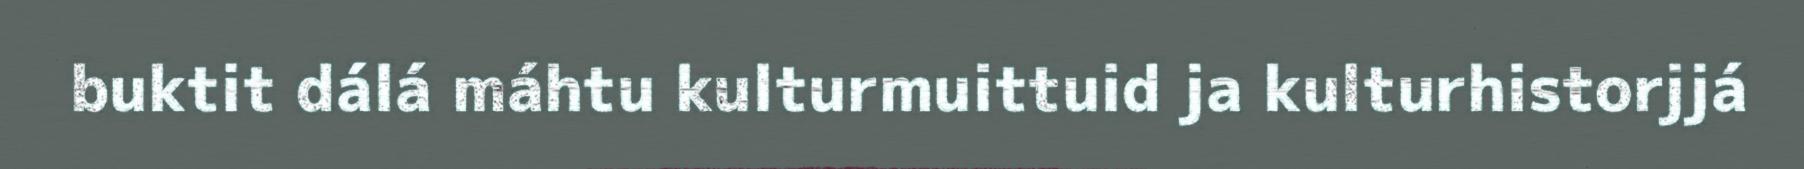
buktit dálá máhtu kulturmuittuid ja kulturhistorjjá